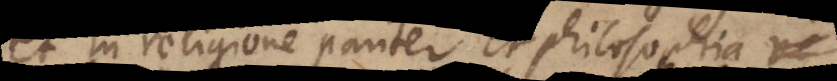
et in religione pariter et philosophia